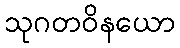
သုဂတဝိနယော